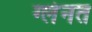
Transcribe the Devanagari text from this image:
ग्लेनत